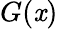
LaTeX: G(\mathit{x})